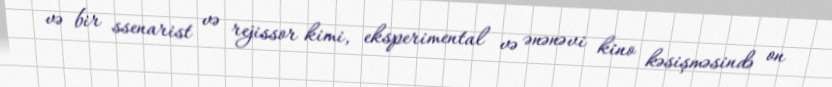
və bir ssenarist və rejissor kimi, eksperimental və ənənəvi kino kəsişməsində on